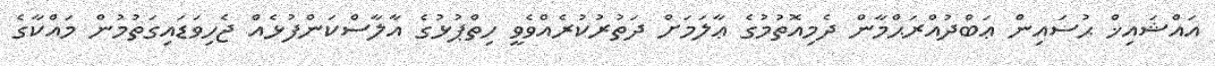
އައްޝައިޚް ޙުސައިން ޢަބްދުއްރަޙްމާން ދެމިއޮތުމުގެ ޢާލަމަށް ދަތުރުކުރެއްވެވީ ހިތްޕުޅުގެ އާލާސްކަންފުޅެއް ޖެހިވަޑައިގަތުމުން މައްކާގެ